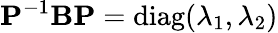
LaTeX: {\mathbf P}^{-1}{\mathbf B}{\mathbf P}=\mathrm{diag}(\lambda_{1},\lambda_{2})